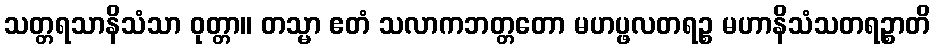
သတ္တရသာနိသံသာ ဝုတ္တာ။ တသ္မာ ဧတံ သလာကဘတ္တတော မဟပ္ဖလတရဉ္စ မဟာနိသံသတရဉ္စာတိ